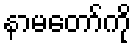
နာမတော်ကို